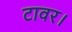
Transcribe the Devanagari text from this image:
टावर।